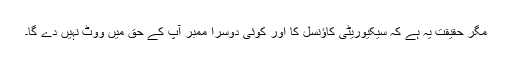
مگر حقیقت یہ ہے کہ سیکیوریٹی کاؤنسل کا اور کوئی دوسرا ممبر آپ کے حق میں ووٹ نہیں دے گا۔